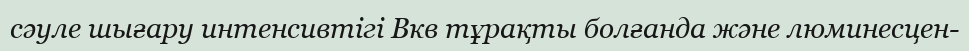
сәуле шығару интенсивтігі Вкв тұрақты болғанда және люминесцен-